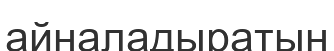
айналадыратын